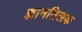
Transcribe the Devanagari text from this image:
ज्ञानतिलक